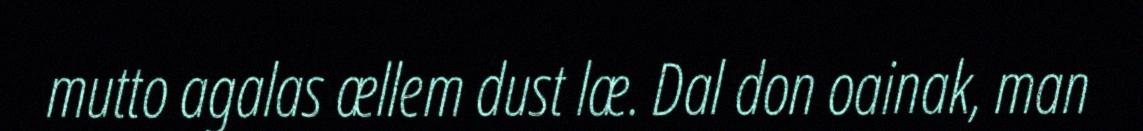
mutto agalas ællem dust læ. Dal don oainak, man